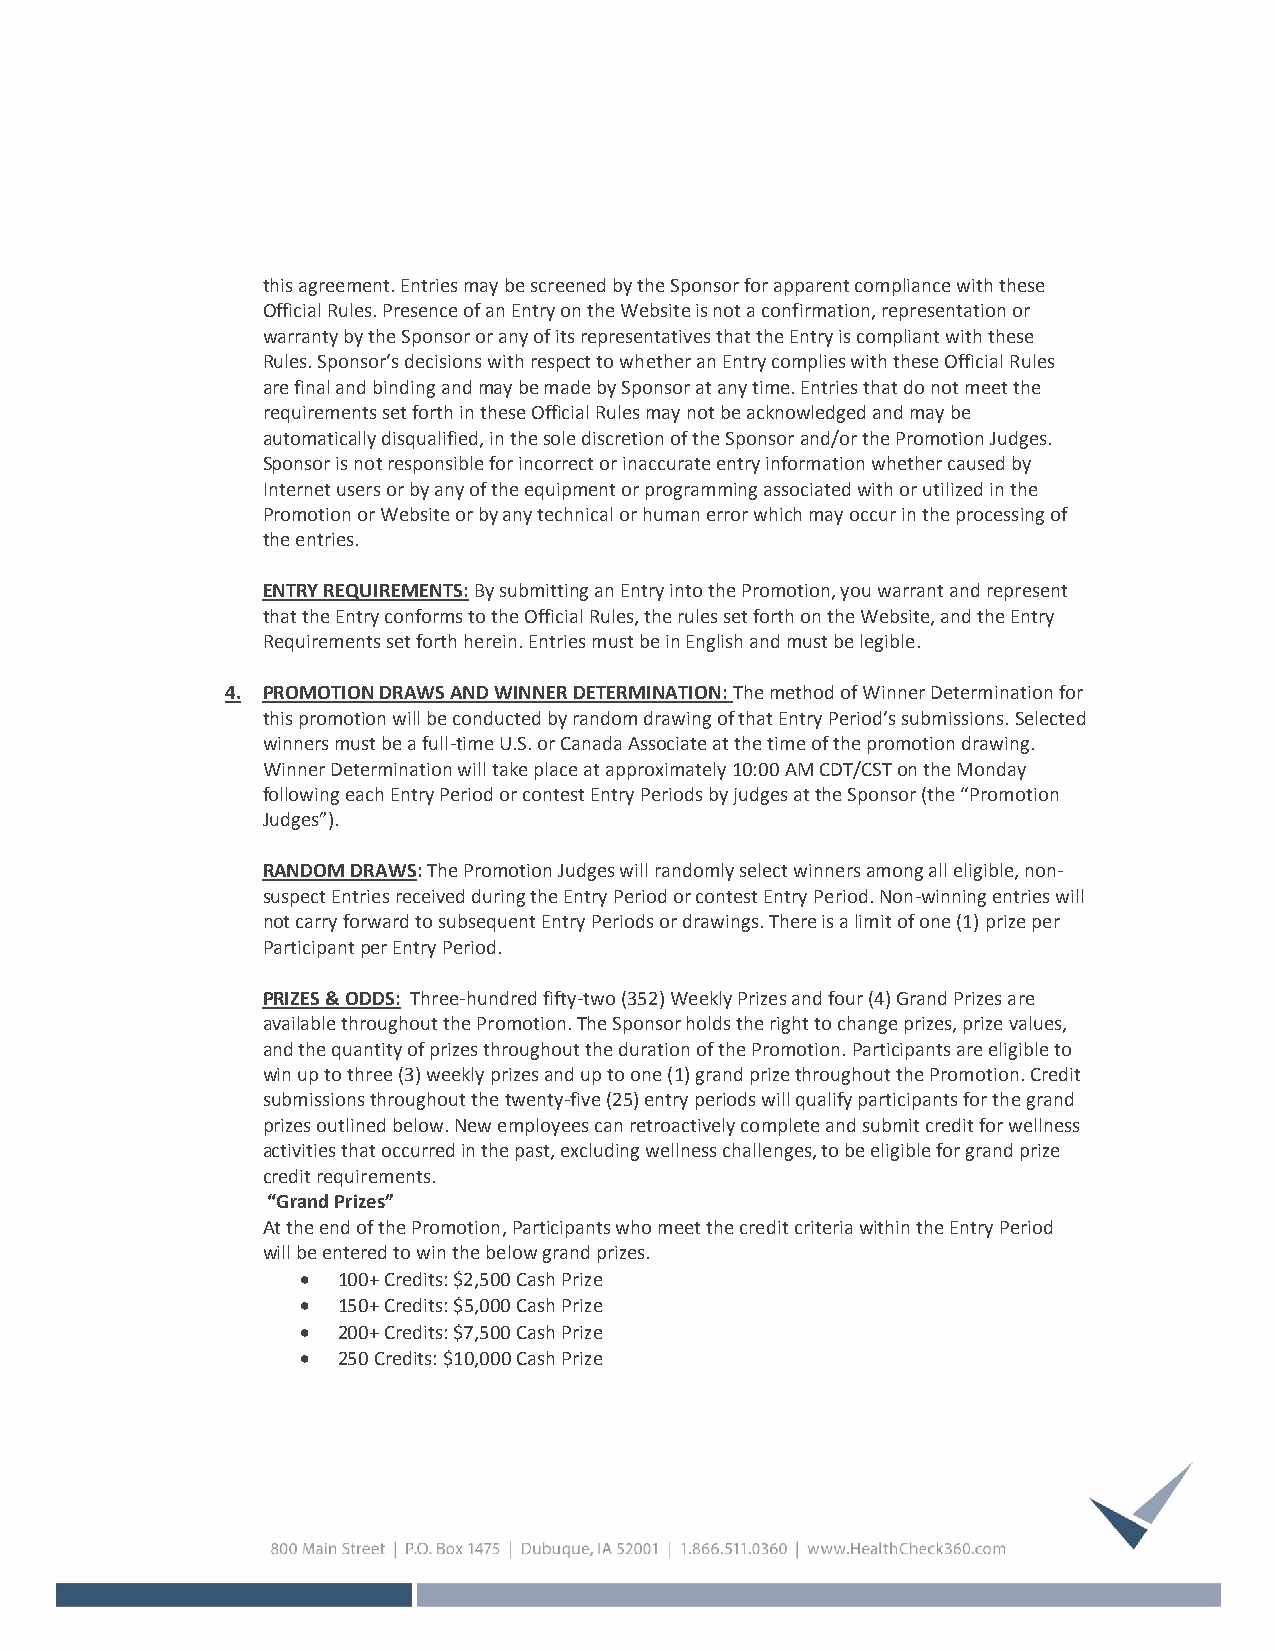
this agreement. Entries may be screened by the Sponsor for apparent compliance with these
 Official Rules. Presence of an Entry on the Website is not a confirmation, representation or
 warranty by the Sponsor or any of its representatives that the Entry is compliant with these
 Rules. Sponsor’s decisions with respect to whether an Entry complies with these Official Rules
 are final and binding and may be made by Sponsor at any time. Entries that do not meet the
 requirements set forth in these Official Rules may not be acknowledged and may be
 automatically disqualified, in the sole discretion of the Sponsor and/or the Promotion Judges.
 Sponsor is not responsible for incorrect or inaccurate entry information whether caused by
 Internet users or by any of the equipment or programming associated with or utilized in the
 Promotion or Website or by any technical or human error which may occur in the processing of
 the entries.
 ENTRY REQUIREMENTS: By submitting an Entry into the Promotion, you warrant and represent
 that the Entry conforms to the Official Rules, the rules set forth on the Website, and the Entry
 Requirements set forth herein. Entries must be in English and must be legible.
 4. PROMOTION DRAWS AND WINNER DETERMINATION: The method of Winner Determination for
 this promotion will be conducted by random drawing of that Entry Period’s submissions. Selected
 winners must be a full-time U.S. or Canada Associate at the time of the promotion drawing.
 Winner Determination will take place at approximately 10:00 AM CDT/CST on the Monday
 following each Entry Period or contest Entry Periods by judges at the Sponsor (the “Promotion
 Judges”).
 RANDOM DRAWS: The Promotion Judges will randomly select winners among all eligible, non-
 suspect Entries received during the Entry Period or contest Entry Period. Non-winning entries will
 not carry forward to subsequent Entry Periods or drawings. There is a limit of one (1) prize per
 Participant per Entry Period.
 PRIZES & ODDS: Three-hundred fifty-two (352) Weekly Prizes and four (4) Grand Prizes are
 available throughout the Promotion. The Sponsor holds the right to change prizes, prize values,
 and the quantity of prizes throughout the duration of the Promotion. Participants are eligible to
 win up to three (3) weekly prizes and up to one (1) grand prize throughout the Promotion. Credit
 submissions throughout the twenty-five (25) entry periods will qualify participants for the grand
 prizes outlined below. New employees can retroactively complete and submit credit for wellness
 activities that occurred in the past, excluding wellness challenges, to be eligible for grand prize
 credit requirements.
 “Grand Prizes”
 At the end of the Promotion, Participants who meet the credit criteria within the Entry Period
 will be entered to win the below grand prizes.
  100+ Credits: $2,500 Cash Prize
  150+ Credits: $5,000 Cash Prize
  200+ Credits: $7,500 Cash Prize
  250 Credits: $10,000 Cash Prize